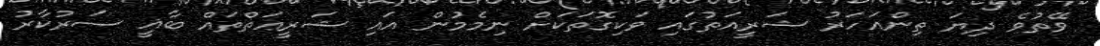
ވޭތުވެ ދިޔަ ތިންއަހަރު ޝަރީއަތުގައި ވަކިގޮތަކަށް ނިމެމުން އައި ޝަރީޢަތްތައް ބާޣީ ސަރުކާރު